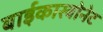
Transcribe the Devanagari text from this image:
बाईकारबोनेट